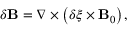
\begin{array} { r } { \delta \mathbf { B } = \nabla \times \left( \delta \boldsymbol { \xi } \times \mathbf { B } _ { 0 } \right) , } \end{array}